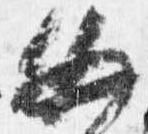
必